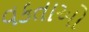
વકતાઓ